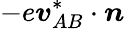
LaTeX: -e{\boldsymbol{v}}_{AB}^{*}\cdot{\boldsymbol{n}}